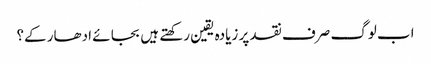
اب لوگ صرف نقد پر زیادہ یقین رکھتے ہیں بجا ئے ادھار کے؟